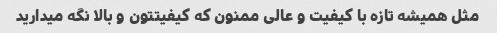
مثل همیشه تازه با کیفیت و عالی ممنون که کیفیتتون و بالا نگه میدارید